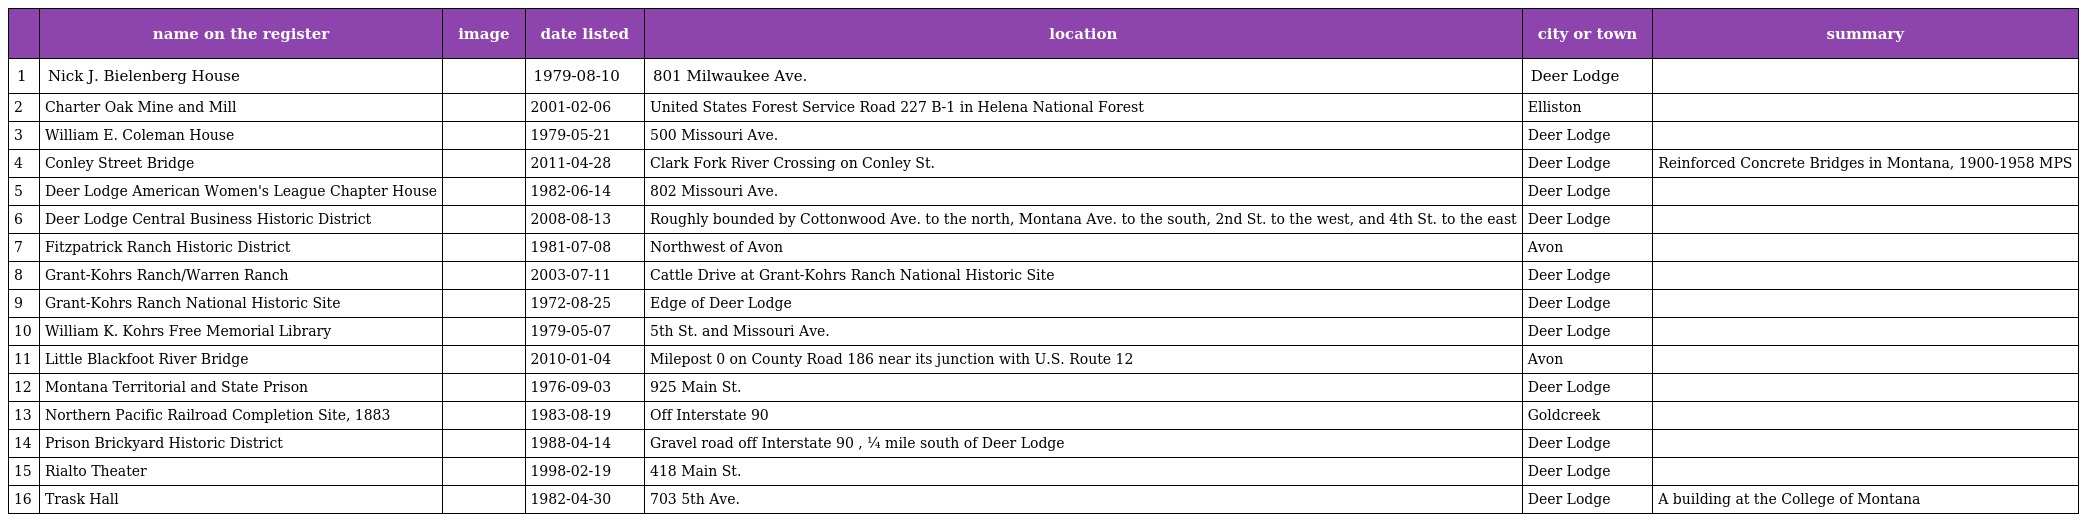
|  | name on the register | image | date listed | location | city or town | summary |
 | --- | --- | --- | --- | --- | --- | --- |
 | 1 | Nick J. Bielenberg House |  | 1979-08-10 | 801 Milwaukee Ave. | Deer Lodge |  |
 | 2 | Charter Oak Mine and Mill |  | 2001-02-06 | United States Forest Service Road 227 B-1 in Helena National Forest | Elliston |  |
 | 3 | William E. Coleman House |  | 1979-05-21 | 500 Missouri Ave. | Deer Lodge |  |
 | 4 | Conley Street Bridge |  | 2011-04-28 | Clark Fork River Crossing on Conley St. | Deer Lodge | Reinforced Concrete Bridges in Montana, 1900-1958 MPS |
 | 5 | Deer Lodge American Women's League Chapter House |  | 1982-06-14 | 802 Missouri Ave. | Deer Lodge |  |
 | 6 | Deer Lodge Central Business Historic District |  | 2008-08-13 | Roughly bounded by Cottonwood Ave. to the north, Montana Ave. to the south, 2nd St. to the west, and 4th St. to the east | Deer Lodge |  |
 | 7 | Fitzpatrick Ranch Historic District |  | 1981-07-08 | Northwest of Avon | Avon |  |
 | 8 | Grant-Kohrs Ranch/Warren Ranch |  | 2003-07-11 | Cattle Drive at Grant-Kohrs Ranch National Historic Site | Deer Lodge |  |
 | 9 | Grant-Kohrs Ranch National Historic Site |  | 1972-08-25 | Edge of Deer Lodge | Deer Lodge |  |
 | 10 | William K. Kohrs Free Memorial Library |  | 1979-05-07 | 5th St. and Missouri Ave. | Deer Lodge |  |
 | 11 | Little Blackfoot River Bridge |  | 2010-01-04 | Milepost 0 on County Road 186 near its junction with U.S. Route 12 | Avon |  |
 | 12 | Montana Territorial and State Prison |  | 1976-09-03 | 925 Main St. | Deer Lodge |  |
 | 13 | Northern Pacific Railroad Completion Site, 1883 |  | 1983-08-19 | Off Interstate 90 | Goldcreek |  |
 | 14 | Prison Brickyard Historic District |  | 1988-04-14 | Gravel road off Interstate 90 , ¼ mile south of Deer Lodge | Deer Lodge |  |
 | 15 | Rialto Theater |  | 1998-02-19 | 418 Main St. | Deer Lodge |  |
 | 16 | Trask Hall |  | 1982-04-30 | 703 5th Ave. | Deer Lodge | A building at the College of Montana |